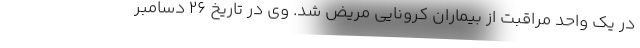
در یک واحد مراقبت از بیماران کرونایی مریض شد. وی در تاریخ ۲۶ دسامبر